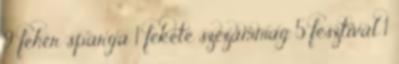
9 fehér spárga 1 fekete szezámmag 5 fesztivál 1